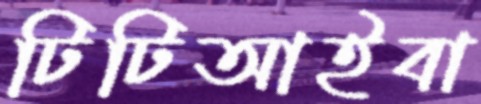
টিটিআইবা